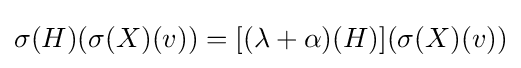
\sigma (H)(\sigma (X)(v))=[(\lambda +\alpha )(H)](\sigma (X)(v))